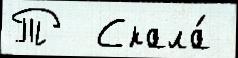
Т  Скала́